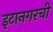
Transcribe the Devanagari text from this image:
इटानगरची